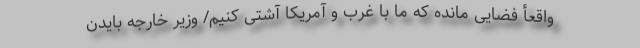
واقعأ فضایی مانده که ما با غرب و آمریکا آشتی کنیم/ وزیر خارجه‌ بایدن